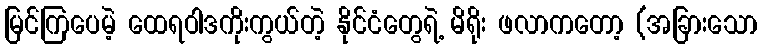
မြင်ကြပေမဲ့ ထေရဝါဒကိုးကွယ်တဲ့ နိုင်ငံတွေရဲ့ မိရိုး ဖလာကတော့ (အခြားသော